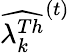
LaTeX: \widehat{\lambda_{k}^{Th}}^{(t)}